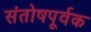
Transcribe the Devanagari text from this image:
संतोषपूर्वक